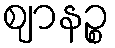
ဈာနဉ္စ